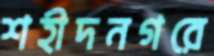
শহীদনগরে